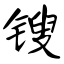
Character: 锼